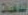
المداهمات